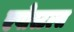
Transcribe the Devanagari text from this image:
एपोस्टल्स